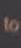
to